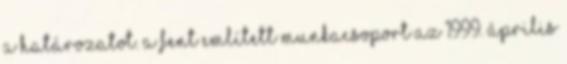
a határozatot. A fent említett munkacsoport az 1999. április